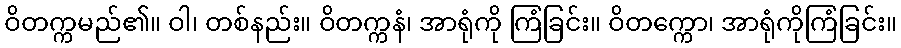
ဝိတက္ကမည်၏။ ဝါ၊ တစ်နည်း။ ဝိတက္ကနံ၊ အာရုံကို ကြံခြင်း။ ဝိတက္ကော၊ အာရုံကိုကြံခြင်း။